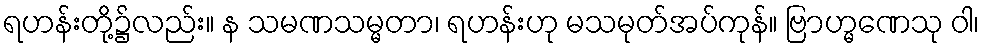
ရဟန်းတို့၌လည်း။ န သမဏသမ္မတာ၊ ရဟန်းဟု မသမုတ်အပ်ကုန်။ ဗြာဟ္မဏေသု ဝါ၊